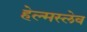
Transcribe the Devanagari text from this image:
हेल्मस्लेव